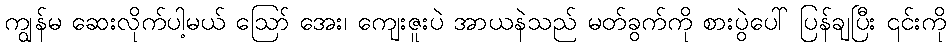
ကျွန်မ ဆေးလိုက်ပါ့မယ် ဪ အေး၊ ကျေးဇူးပဲ အာယနဲသည် မတ်ခွက်ကို စားပွဲပေါ် ပြန်ချပြီး ၎င်းကို